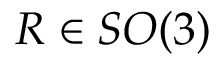
R \in S O ( 3 )